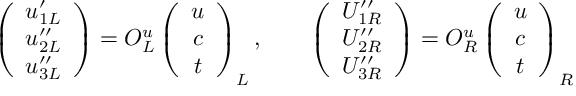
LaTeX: \left( \begin{array} { c } { { u _ { 1 L } ^ { \prime } } } \\ { { u _ { 2 L } ^ { \prime \prime } } } \\ { { u _ { 3 L } ^ { \prime \prime } } } \end{array} \right) = { \cal O } _ { L } ^ { u } \left( \begin{array} { c } { { u } } \\ { { c } } \\ { { t } } \end{array} \right) _ { L } , \qquad \left( \begin{array} { c } { { U _ { 1 R } ^ { \prime \prime } } } \\ { { U _ { 2 R } ^ { \prime \prime } } } \\ { { U _ { 3 R } ^ { \prime \prime } } } \end{array} \right) = { \cal O } _ { R } ^ { u } \left( \begin{array} { c } { { u } } \\ { { c } } \\ { { t } } \end{array} \right) _ { R }